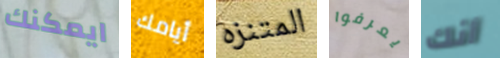
ايمكنك أيامك المتنزه يعرفوا أنك